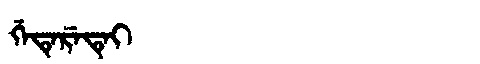
Manchu: ᡤᡝᡨᡝᡵᡝᡨᡝᡳ
Romanization: GETERETEI